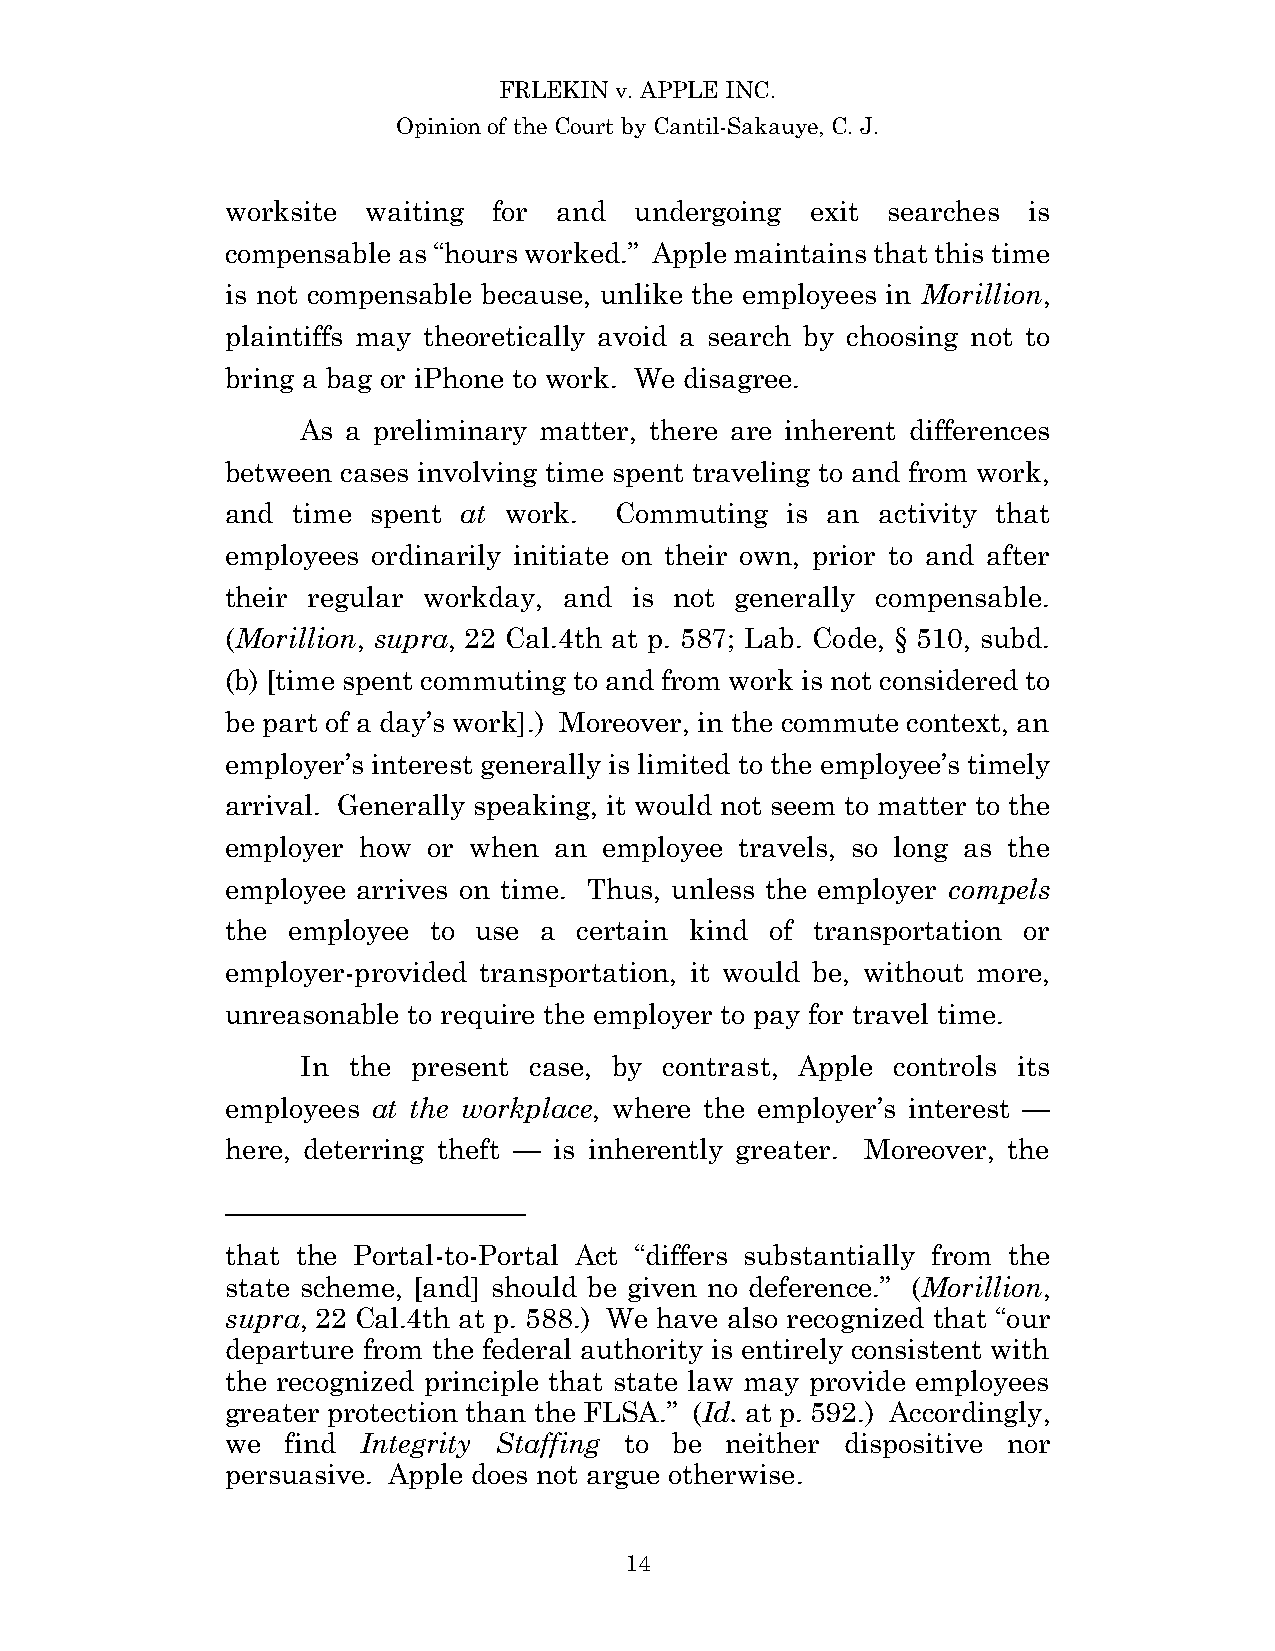
FRLEKIN v. APPLE INC.
 Opinion of the Court by Cantil-Sakauye, C. J.
 worksite waiting  for and  undergoing  exit searches is
 compensable as “hours worked.” Apple maintains that this time
 is not compensable because, unlike the employees in Morillion,
 plaintiffs may theoretically avoid a search by choosing not to
 bring a bag or iPhone to work. We disagree.
 As a preliminary matter, there are inherent differences
 between cases involving time spent traveling to and from work,
 and time  spent at work.  Commuting  is an activity that
 employees ordinarily initiate on their own, prior to and after
 their regular workday, and is not generally compensable.
 (Morillion, supra, 22 Cal.4th at p. 587; Lab. Code, § 510, subd.
 (b) [time spent commuting to and from work is not considered to
 be part of a day’s work].) Moreover, in the commute context, an
 employer’s interest generally is limited to the employee’s timely
 arrival. Generally speaking, it would not seem to matter to the
 employer how or when  an employee travels, so long as the
 employee arrives on time. Thus, unless the employer compels
 the employee to use  a certain kind of transportation or
 employer-provided transportation, it would be, without more,
 unreasonable to require the employer to pay for travel time.
 In the present case, by contrast, Apple controls its
 employees at the workplace, where the employer’s interest —
 here, deterring theft — is inherently greater. Moreover, the
 that the Portal-to-Portal Act “differs substantially from the
 state scheme, [and] should be given no deference.” (Morillion,
 supra, 22 Cal.4th at p. 588.) We have also recognized that “our
 departure from the federal authority is entirely consistent with
 the recognized principle that state law may provide employees
 greater protection than the FLSA.” (Id. at p. 592.) Accordingly,
 we  find Integrity Staffing to be neither dispositive nor
 persuasive. Apple does not argue otherwise.
 14